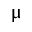
\upmu